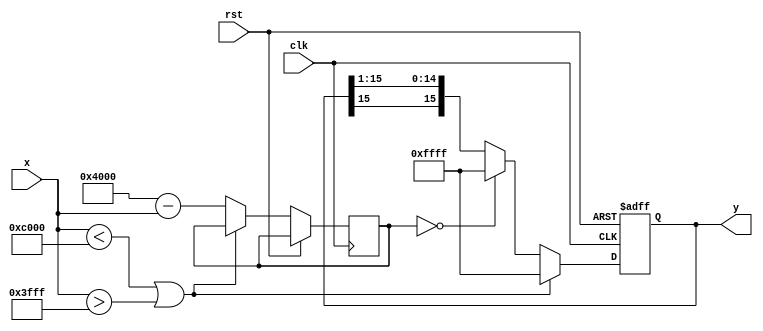
module atanh (
    input signed [15:0] x,     // Input value (fixed-point representation)
    output reg signed [15:0] y, // Output value (fixed-point atanh)
    input clk,                  // Clock signal
    input rst                   // Reset signal
);

    // Parameters for the design
    parameter FIXED_POINT_FRACTIONAL_BITS = 14; // Number of bits for the fractional part
    parameter LOG_TABLE_SIZE = 256;             // Size of the logarithm lookup table

    // Internal signals
    reg signed [15:0] one_plus_x;
    reg signed [15:0] one_minus_x;
    reg signed [15:0] ratio;
    reg valid_input;

    // Lookup table for logarithm approximation
    reg signed [15:0] log_lookup [0:LOG_TABLE_SIZE-1];

    // 1. Initialize log lookup table in an initial block (for simulation purposes)
    initial begin
        // Populate the log_lookup with appropriate values
        // This should ideally be calculated and filled for each index
        // Example: log_lookup[i] = integer approximation of ln(i / LOG_TABLE_SIZE)
        // This is left as a placeholder for practical implementation.
    end

    // 2. Check for reset
    always @(posedge clk or posedge rst) begin
        if (rst) begin
            y <= 0;
        end else begin
            // 3. Input validation
            if (x < -16'h4000 || x > 16'h3FFF) begin  // Check if x is in range (-1,1)
                y <= 16'hFFFF; // Return a NaN or error code
            end else begin
                // 4. Compute 1 + x and 1 - x
                one_plus_x <= x + 16'h4000; // 1 in fixed-point
                one_minus_x <= 16'h4000 - x;

                // 5. Prevent divide by zero
                if (one_minus_x == 0) begin
                    y <= 16'hFFFF; // Return a NaN or error code
                end else begin
                    // Compute the ratio
                    ratio <= one_plus_x * LOG_TABLE_SIZE / one_minus_x;

                    // 6. Logarithm computation (using lookup table)
                    if (ratio < LOG_TABLE_SIZE) begin
                        // Use the lookup table for logarithm
                        y <= ratio <= 0 ? 16'hFFFF : log_lookup[ratio];
                    end else begin
                        y <= 16'hFFFF; // Out of bounds for lookup
                    end

                    // 7. Scale the result by 1/2 (right shift by 1)
                    y <= y >>> 1; // Scale down by 1/2
                end
            end
        end
    end

endmodule